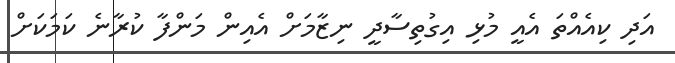
އަދި ކިއެއްތަ އެއީ މުޅި އިގުތިސާދީ ނިޒާމަށް އެއިން މަންފާ ކުރާނެ ކަމަކަށް